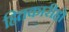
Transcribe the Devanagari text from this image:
हितकारीहो